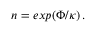
\begin{array} { r } { n = e x p ( \Phi / \kappa ) \, . } \end{array}